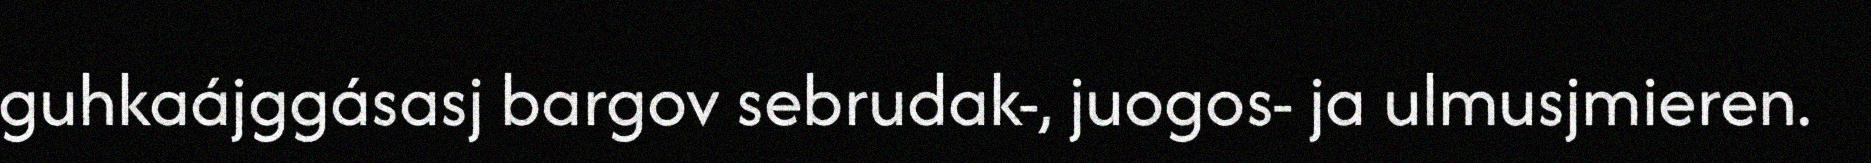
guhkaájggásasj bargov sebrudak-, juogos- ja ulmusjmieren.